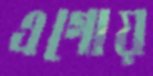
এগোয়